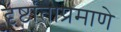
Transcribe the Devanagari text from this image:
दृष्टांताप्रमाणे